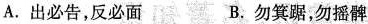
A.出必告，反必面B.勿箕踞，勿摇髀